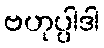
ဗဟုပ္ပါဒါ